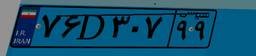
۷۶D۳۰۷۹۹